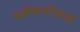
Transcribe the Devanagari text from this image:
धर्मकर्माचारों